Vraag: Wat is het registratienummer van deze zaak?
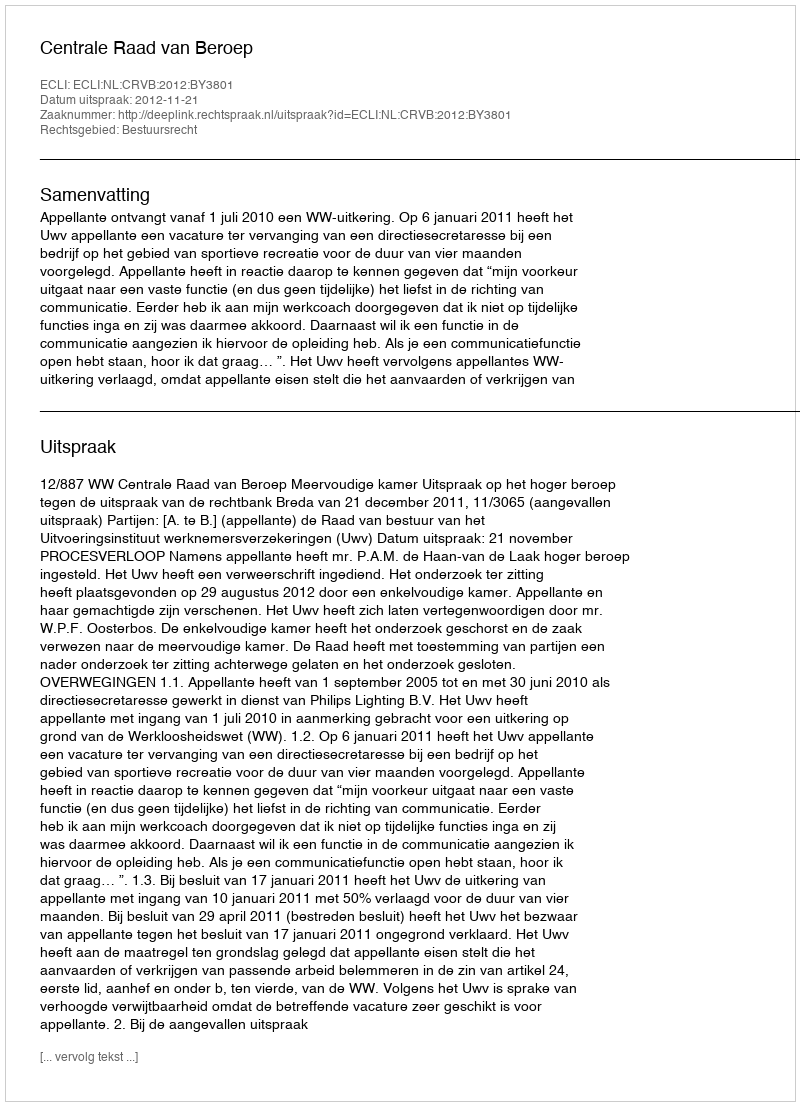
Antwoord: http://deeplink.rechtspraak.nl/uitspraak?id=ECLI:NL:CRVB:2012:BY3801